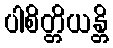
ပါစိတ္တိယန္တိ